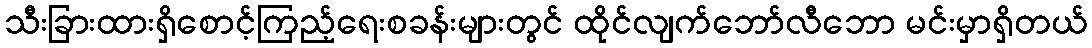
သီးခြားထားရှိစောင့်ကြည့်ရေးစခန်းများတွင် ထိုင်လျက်ဘော်လီဘော မင်းမှာရှိတယ်